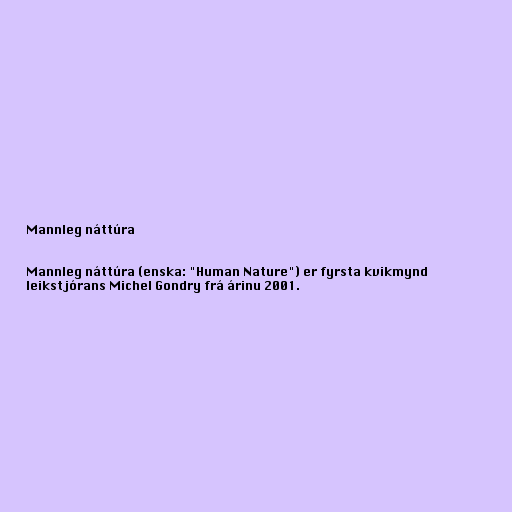
Mannleg náttúra

Mannleg náttúra (enska: "Human Nature") er fyrsta kvikmynd
leikstjórans Michel Gondry frá árinu 2001.